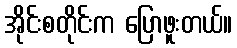
အိုင်းစတိုင်းက ပြောဖူးတယ်။